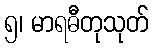
၅၊ မာရဓီတုသုတ်